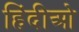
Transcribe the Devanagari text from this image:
हिंदीओ